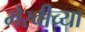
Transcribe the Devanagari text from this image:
भैरवीच्या